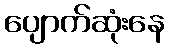
ပျောက်ဆုံးနေ